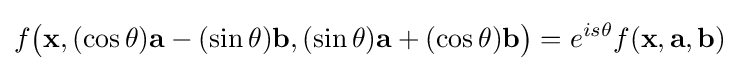
f{\bigl (}\mathbf {x} ,(\cos \theta )\mathbf {a} -(\sin \theta )\mathbf {b} ,(\sin \theta )\mathbf {a} +(\cos \theta )\mathbf {b} {\bigr )}=e^{is\theta }f(\mathbf {x} ,\mathbf {a} ,\mathbf {b} )